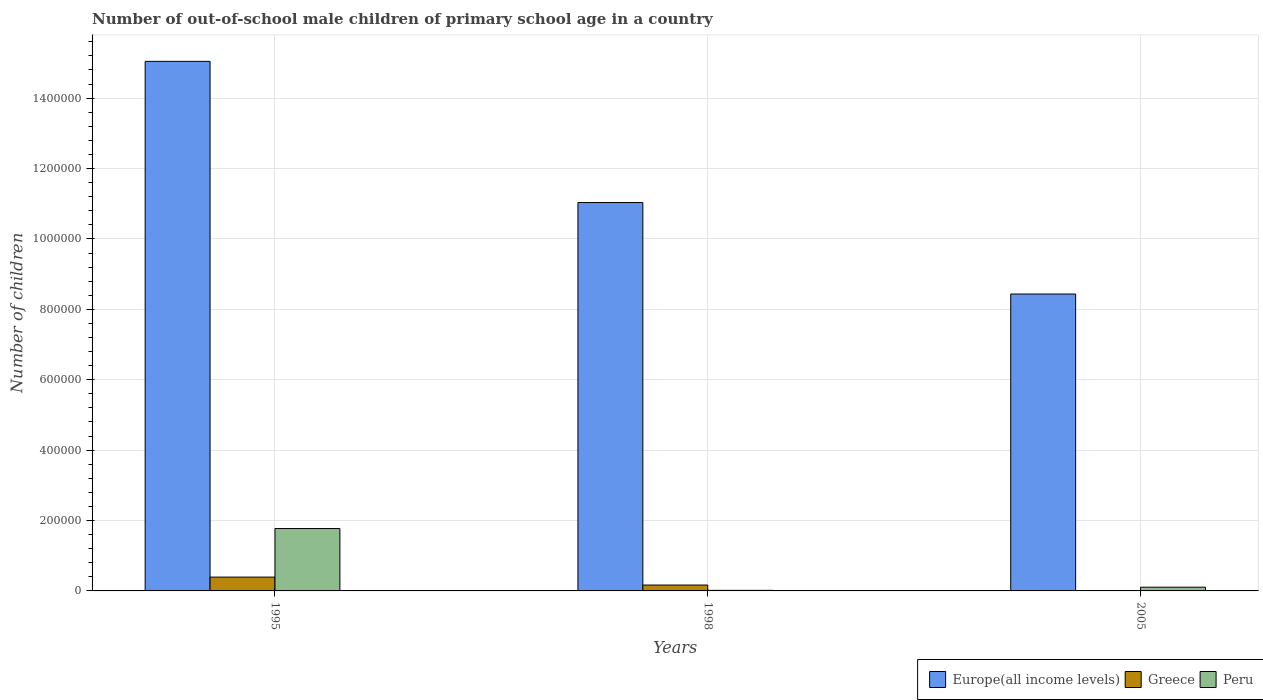
| Years | Europe(all income levels) | Greece | Peru |
 | --- | --- | --- | --- |
 | 1995 | 1.5e+06 | 3.92e+04 | 1.77e+05 |
 | 1998 | 1.1e+06 | 1.67e+04 | 1.62e+03 |
 | 2005 | 8.43e+05 | 241 | 1.06e+04 |